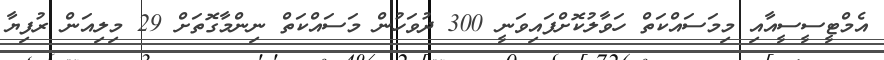
އެމްޓީސީސީއާއި މިމަސައްކަތް ހަވާލުކޮށްފައިވަނީ 300 ދުވަހުން މަސައްކަތް ނިންމާގޮތަށް 29 މިލިއަން ރުފިޔާ